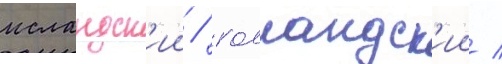
исландск'ии / голландск'ии /